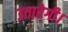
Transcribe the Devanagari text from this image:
उतारेगी।